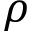
\rho